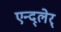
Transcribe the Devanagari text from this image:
एन्द्लेर्